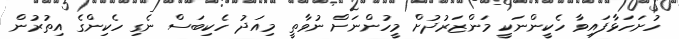
ހުށަހަޅާފައިވާ ހެކީންނަކީ މަންޒަރުދުށް މީހުންނަށް ނުވާތީ މިއަދު ހެކިބަސް ނެގި ހެކިންގެ އިތުރުން